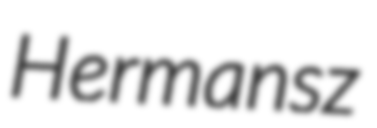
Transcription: Hermansz